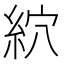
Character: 䋉